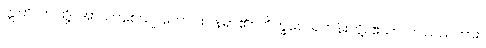
ဣတိ၊ ဤသို့။ အာယာစေယျ၊ တောင်းပန်ရာ၏။ ဘိက္ခဝေ၊ ရဟန်းတို့။ ဧသာ၊ ဤသည်ကား။